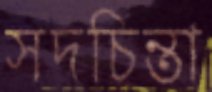
সদচিন্তা